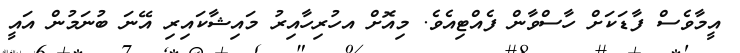
އީމާވެސް ފާޑަކަށް ހާސްވާން ފެއްޓިއެވެ. މިއޮށް އހުރިހާއިރު މައިޝާކައިރި އޭނަ ބުނަމުން އައީ